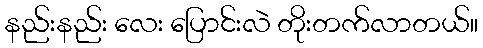
နည်းနည်း လေး ပြောင်းလဲ တိုးတက်လာတယ်။